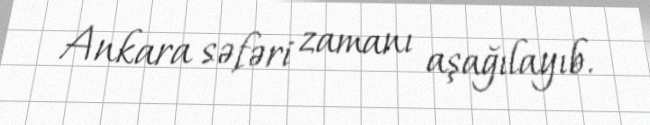
Ankara səfəri zamanı aşağılayıb.